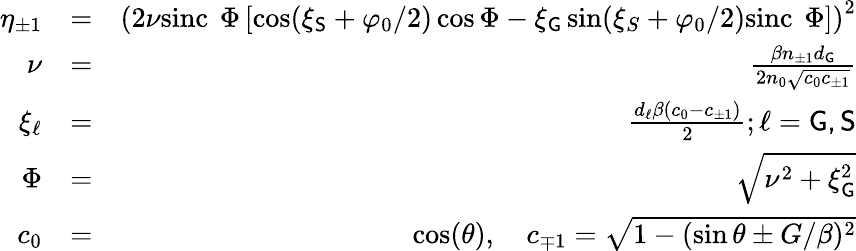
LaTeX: \begin{array}{rlr}{\eta_{\pm 1}}&{=}&{\left(2\nu\textrm{sinc\, }{\Phi}\left[\cos(\xi_{\mathsf{S}}+\varphi_{0}/2)\cos\Phi-\xi_{\mathsf{G}}\sin(\xi_{S}+\varphi_{0}/2)\textrm{sinc\, }{\Phi}\right]\right)^{2}}\\ {\nu}&{=}&{\frac{\beta n_{\pm 1}d_{\mathsf{G}}}{2n_{0}\sqrt{c_{0}c_{\pm 1}}}}\\ {\xi_{\ell}}&{=}&{\frac{d_{\ell}\beta(c_{0}-c_{\pm 1})}{2};\ell=\mathsf{G,S}}\\ {\Phi}&{=}&{\sqrt{\nu^{2}+\xi_{\mathsf{G}}^{2}}}\\ {c_{0}}&{=}&{\cos(\theta),\quad c_{\mp 1}=\sqrt{1-(\sin\theta\pm G/\beta)^{2}}}\end{array}